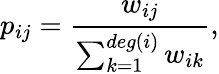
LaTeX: p_{ij}=\frac{w_{ij}}{\sum_{k=1}^{deg(i)}w_{ik}},